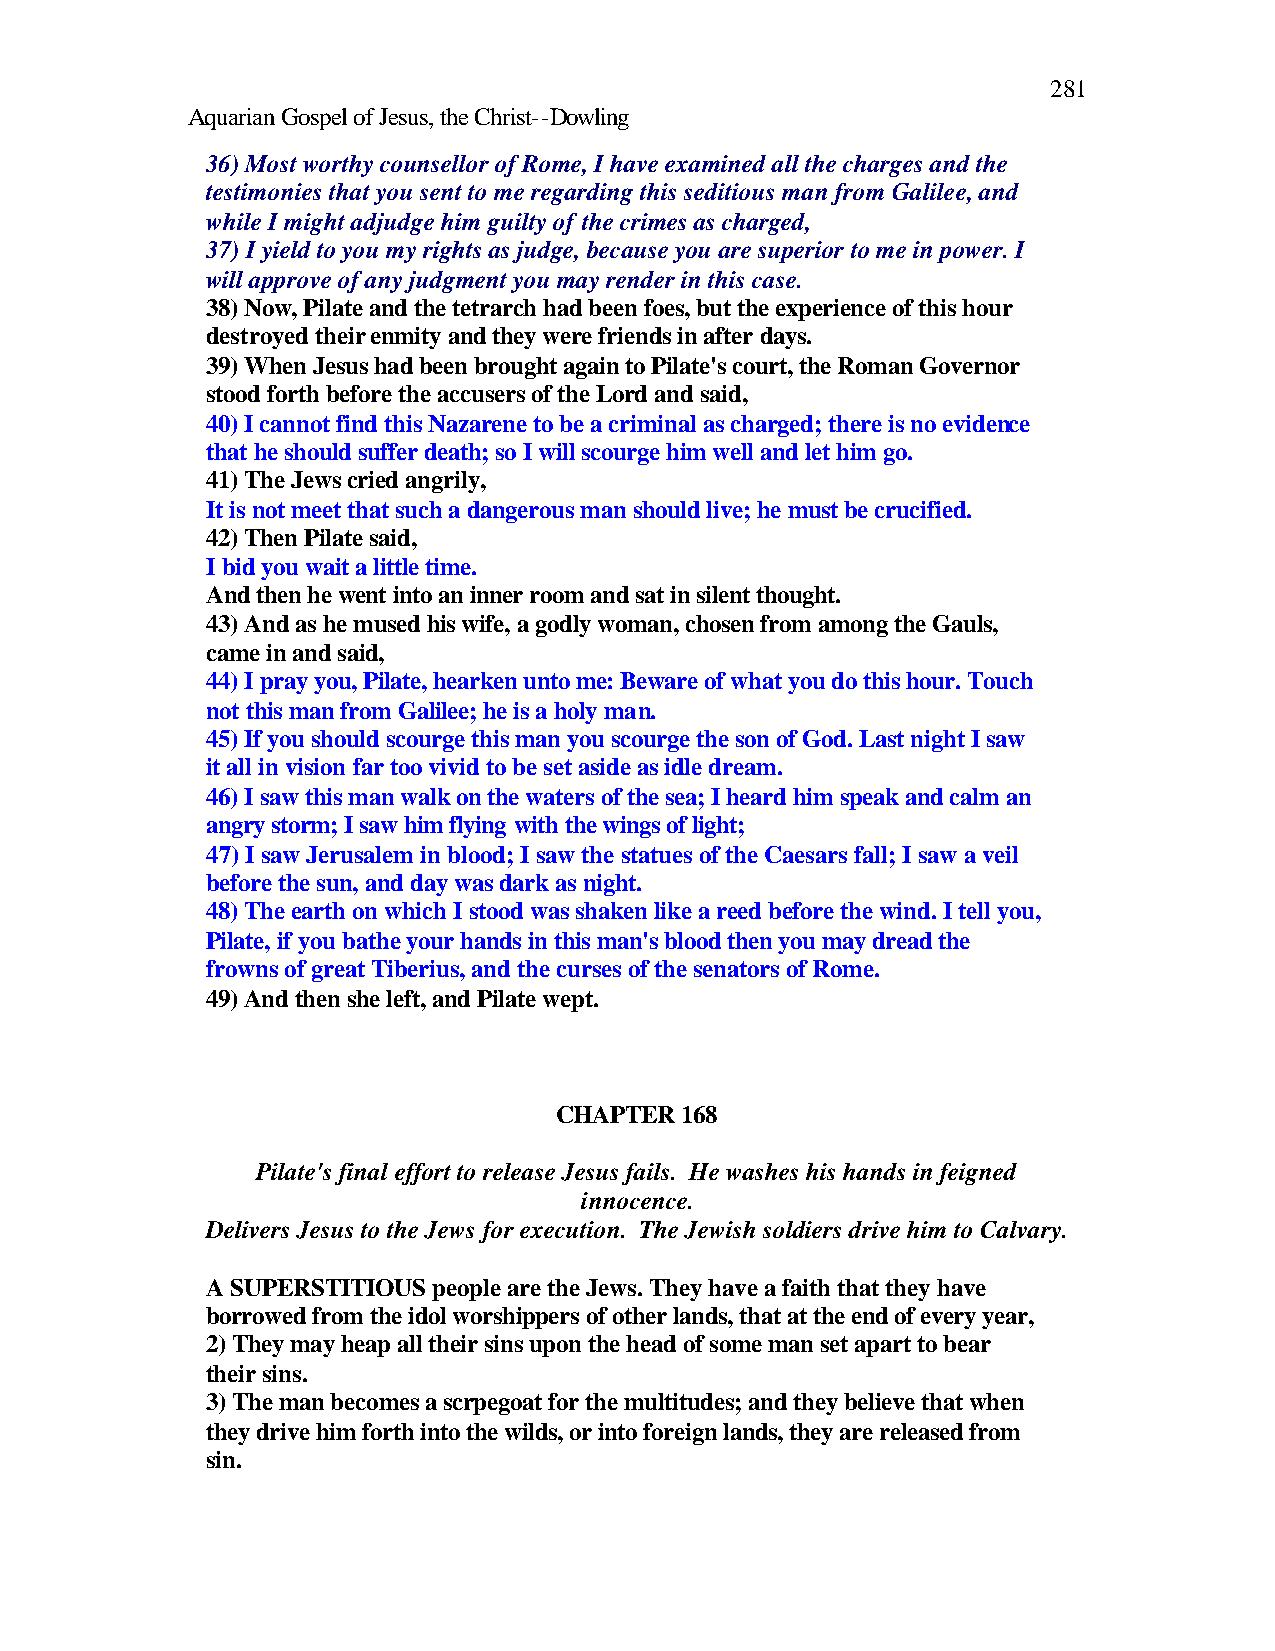
281
 Aquarian Gospel of Jesus, the Christ--Dowling
 36) Most worthy counsellor of Rome, I have examined all the charges and the
 testimonies that you sent to me regarding this seditious man from Galilee, and
 while I might adjudge him guilty of the crimes as charged,
 37) I yield to you my rights as judge, because you are superior to me in power. I
 will approve of any judgment you may render in this case.
 38) Now, Pilate and the tetrarch had been foes, but the experience of this hour
 destroyed their enmity and they were friends in after days.
 39) When Jesus had been brought again to Pilate's court, the Roman Governor
 stood forth before the accusers of the Lord and said,
 40) I cannot find this Nazarene to be a criminal as charged; there is no evidence
 that he should suffer death; so I will scourge him well and let him go.
 41) The Jews cried angrily,
 It is not meet that such a dangerous man should live; he must be crucified.
 42) Then Pilate said,
 I bid you wait a little time.
 And then he went into an inner room and sat in silent thought.
 43) And as he mused his wife, a godly woman, chosen from among the Gauls,
 came in and said,
 44) I pray you, Pilate, hearken unto me: Beware of what you do this hour. Touch
 not this man from Galilee; he is a holy man.
 45) If you should scourge this man you scourge the son of God. Last night I saw
 it all in vision far too vivid to be set aside as idle dream.
 46) I saw this man walk on the waters of the sea; I heard him speak and calm an
 angry storm; I saw him flying with the wings of light;
 47) I saw Jerusalem in blood; I saw the statues of the Caesars fall; I saw a veil
 before the sun, and day was dark as night.
 48) The earth on which I stood was shaken like a reed before the wind. I tell you,
 Pilate, if you bathe your hands in this man's blood then you may dread the
 frowns of great Tiberius, and the curses of the senators of Rome.
 49) And then she left, and Pilate wept.
 CHAPTER 168
 Pilate's final effort to release Jesus fails. He washes his hands in feigned
 innocence.
 Delivers Jesus to the Jews for execution. The Jewish soldiers drive him to Calvary.
 A SUPERSTITIOUS people are the Jews. They have a faith that they have
 borrowed from the idol worshippers of other lands, that at the end of every year,
 2) They may heap all their sins upon the head of some man set apart to bear
 their sins.
 3) The man becomes a scrpegoat for the multitudes; and they believe that when
 they drive him forth into the wilds, or into foreign lands, they are released from
 sin.